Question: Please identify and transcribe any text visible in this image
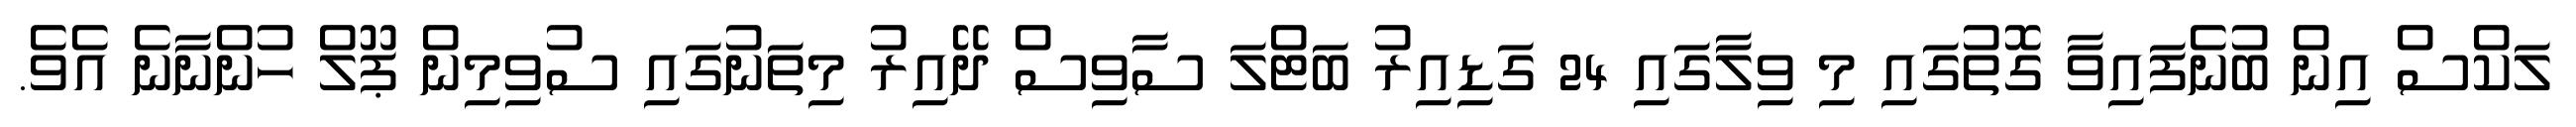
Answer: ލަކްސް އިން ބުނެފައިވާ ގޮތުގައި މި ވިލާގައި 24 ގަޑިއިރު ބަޓްލަ ސާވިސް ދޭއިރު މިތަނުގައި ސުވިމިން ޕޫލް ހުންނާނެ އެވެ.